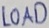
Text: LOAD